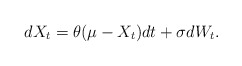
\begin{align*}dX_t = \theta (\mu - X_t) dt + \sigma dW_t.\end{align*}